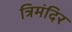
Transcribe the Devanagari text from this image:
त्रिमंदिर